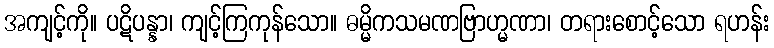
အကျင့်ကို။ ပဋိပန္နာ၊ ကျင့်ကြကုန်သော။ ဓမ္မိကသမဏဗြာဟ္မဏာ၊ တရားစောင့်သော ရဟန်း